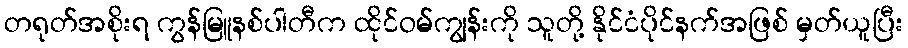
တရုတ်အစိုးရ ကွန်မြူနစ်ပါတီက ထိုင်ဝမ်ကျွန်းကို သူတို့ နိုင်ငံပိုင်နက်အဖြစ် မှတ်ယူပြီး